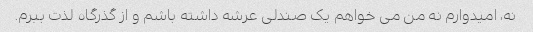
نه، امیدوارم نه من می خواهم یک صندلی عرشه داشته باشم و از گذرگاه لذت ببرم.